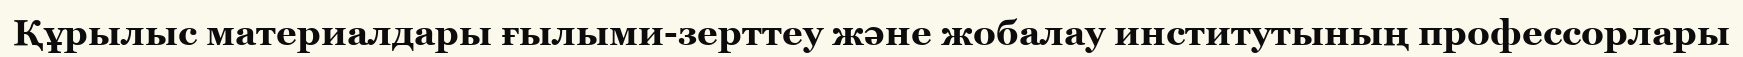
Құрылыс материалдары ғылыми-зерттеу және жобалау институтының профессорлары